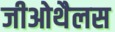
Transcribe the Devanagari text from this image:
जीओथैलस